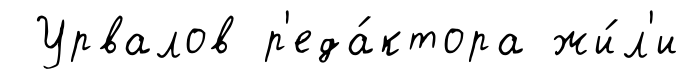
Урвалов р'еда́ктора жи́л'и